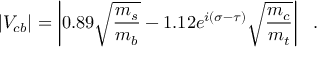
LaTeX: | V _ { c b } | = \left| 0 . 8 9 \sqrt { { \frac { m _ { s } } { m _ { b } } } } - 1 . 1 2 e ^ { i ( \sigma - \tau ) } \sqrt { { \frac { m _ { c } } { m _ { t } } } } \right| ~ ~ .